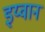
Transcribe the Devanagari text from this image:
इय्वान